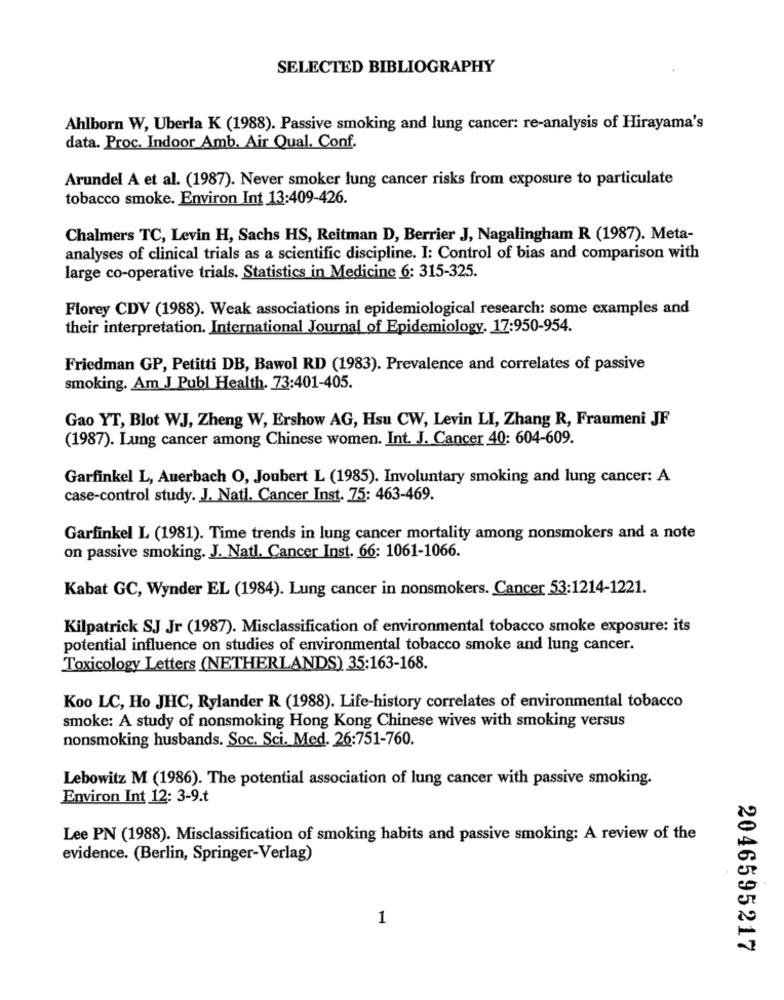
SELECTED BIBLIOGRAPHY
Ahlborn W, Uberla K (1988). Passive smoking and lung cancer: re-analysis of Hirayama's
data. Proc, Indoor Amb. Air Qual. Conf.
Arundel A et al. (1987). Never smoker lung cancer risks from exposure to particulate
tobacco smoke. Environ Int 13:409-426.
Chalmers TC, Levin H, Sachs HS, Reitman D, Berrier J, Nagalingham R (1987). Meta-
analyses of clinical trials as a scientific discipline. I: Control of bias and comparison with
large co-operative trials. Statistics in Medicine 6: 315-325.
Florey CDV (1988). Weak associations in epidemiological research: some examples and
their interpretation. International Journal of Epidemiology. 17:950-954.
Friedman GP, Petitti DB, Bawol RD (1983). Prevalence and correlates of passive
smoking. Am J Publ Health. 73:401-405.
Gao YT, Blot WJ, Zheng W, Ershow AG, Hsu CW, Levin LI, Zhang R, Fraumeni JF
(1987). Lung cancer among Chinese women. Int. J. Cancer 40: 604-609.
Garfinkel L, Auerbach O, Joubert L (1985). Involuntary smoking and lung cancer: A
case-control study. J. Natl. Cancer Inst. 75: 463-469.
Garfinkel L (1981). Time trends in lung cancer mortality among nonsmokers and a note
on passive smoking. J. Natl. Cancer Inst. 66: 1061-1066.
Kabat GC, Wynder EL (1984). Lung cancer in nonsmokers. Cancer 53:1214-1221.
Kilpatrick SJ Jr (1987). Misclassification of environmental tobacco smoke exposure: its
potential influence on studies of environmental tobacco smoke and lung cancer.
Toxicology Letters (NETHERLANDS) 35:163-168.
Koo LC, Ho JHC, Rylander R (1988). Life-history correlates of environmental tobacco
smoke: A study of nonsmoking Hong Kong Chinese wives with smoking versus
nonsmoking husbands. Soc. Sci. Med. 26:751-760.
Lebowitz M (1986). The potential association of lung cancer with passive smoking.
Environ Int 12: 3-9.t
Lee PN (1988). Misclassification of smoking habits and passive smoking: A review of the
evidence. (Berlin, Springer-Verlag)
1
2046595217